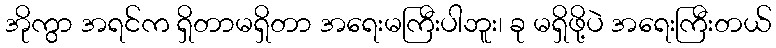
အိုကွာ အရင်က ရှိတာမရှိတာ အရေးမကြီးပါဘူး၊ ခု မရှိဖို့ပဲ အရေးကြီးတယ်